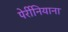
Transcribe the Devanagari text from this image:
पेर्रीनियाना